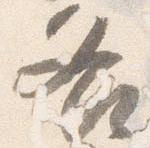
各